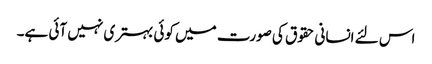
اس لئے انسانی حقوق کی صورت میں کوئی بہتری نہیں آئی ہے۔